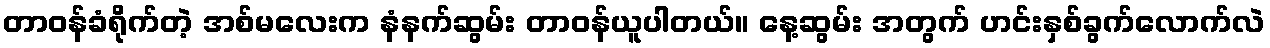
တာဝန်ခံရိုက်တဲ့ အစ်မလေးက နံနက်ဆွမ်း တာဝန်ယူပါတယ်။ နေ့ဆွမ်း အတွက် ဟင်းနှစ်ခွက်လောက်လဲ